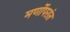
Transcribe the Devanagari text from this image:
मर्णोपरांत